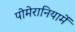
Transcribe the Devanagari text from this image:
पोमेरानियामें